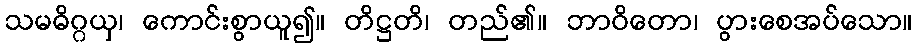
သမဓိဂ္ဂယှ၊ ကောင်းစွာယူ၍။ တိဋ္ဌတိ၊ တည်၏။ ဘာဝိတော၊ ပွားစေအပ်သော။